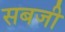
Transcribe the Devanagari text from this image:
सबजी